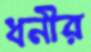
ধনীর